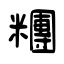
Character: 糰